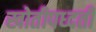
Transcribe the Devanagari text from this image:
खोतीपध्दती